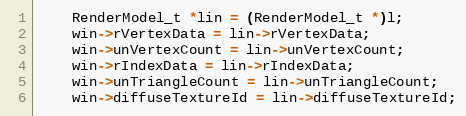
Language: C++
    RenderModel_t *lin = (RenderModel_t *)l;
    win->rVertexData = lin->rVertexData;
    win->unVertexCount = lin->unVertexCount;
    win->rIndexData = lin->rIndexData;
    win->unTriangleCount = lin->unTriangleCount;
    win->diffuseTextureId = lin->diffuseTextureId;